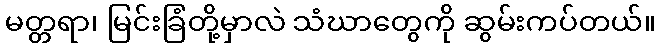
မတ္တရာ၊ မြင်းခြံတို့မှာလဲ သံဃာတွေကို ဆွမ်းကပ်တယ်။